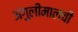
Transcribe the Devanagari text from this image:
अंगुलीमालची